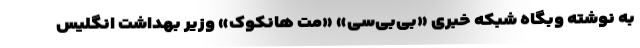
به نوشته وبگاه شبکه خبری «بی‌بی‌سی» «مت هانکوک» وزیر بهداشت انگلیس